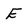
Character: E